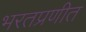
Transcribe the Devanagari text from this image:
भरतप्रणीत